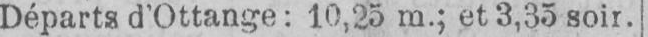
Départs d’Ottange: 10,25 m,; et 3,35 soir.